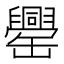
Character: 𦉝